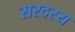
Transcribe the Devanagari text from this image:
सस्दस्य